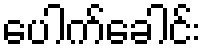
ပေါက်ခေါင်း